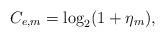
LaTeX: \begin{align*}C_{e,m}=\log_2(1+\eta_m),\end{align*}